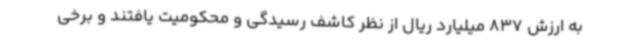
به ارزش 837 میلیارد ریال از نظر کاشف رسیدگی و محکومیت یافتند و برخی